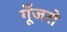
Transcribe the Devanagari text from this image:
गूँजरो